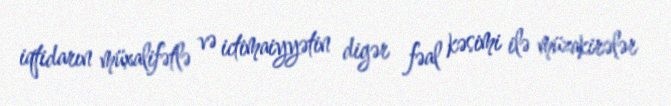
iqtidarın müxalifətlə və ictimaiyyətin digər fəal kəsimi ilə müzakirələr